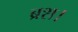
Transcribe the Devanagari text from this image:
ब्रश।